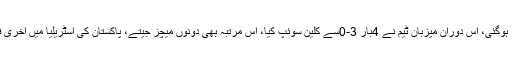
ایڈیلیڈ میں ناکامی کے ساتھ کینگروز کے دیس میں گرین کیپس کی 1999سے تاحال شکستوں کی تعداد 14 ہوگئی، اس دوران میزبان ٹیم نے 4بار 3-0سے کلین سوئپ کیا، اس مرتبہ بھی دونوں میچز جیتے، پاکستان کی آسٹریلیا میں آخری فتح 24سال قبل تھی، اس سے قبل بنگلہ دیش نے اپنے ہی ملک میں مسلسل 13میچز میں شکست کھائی تھی۔